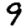
Digit: 9